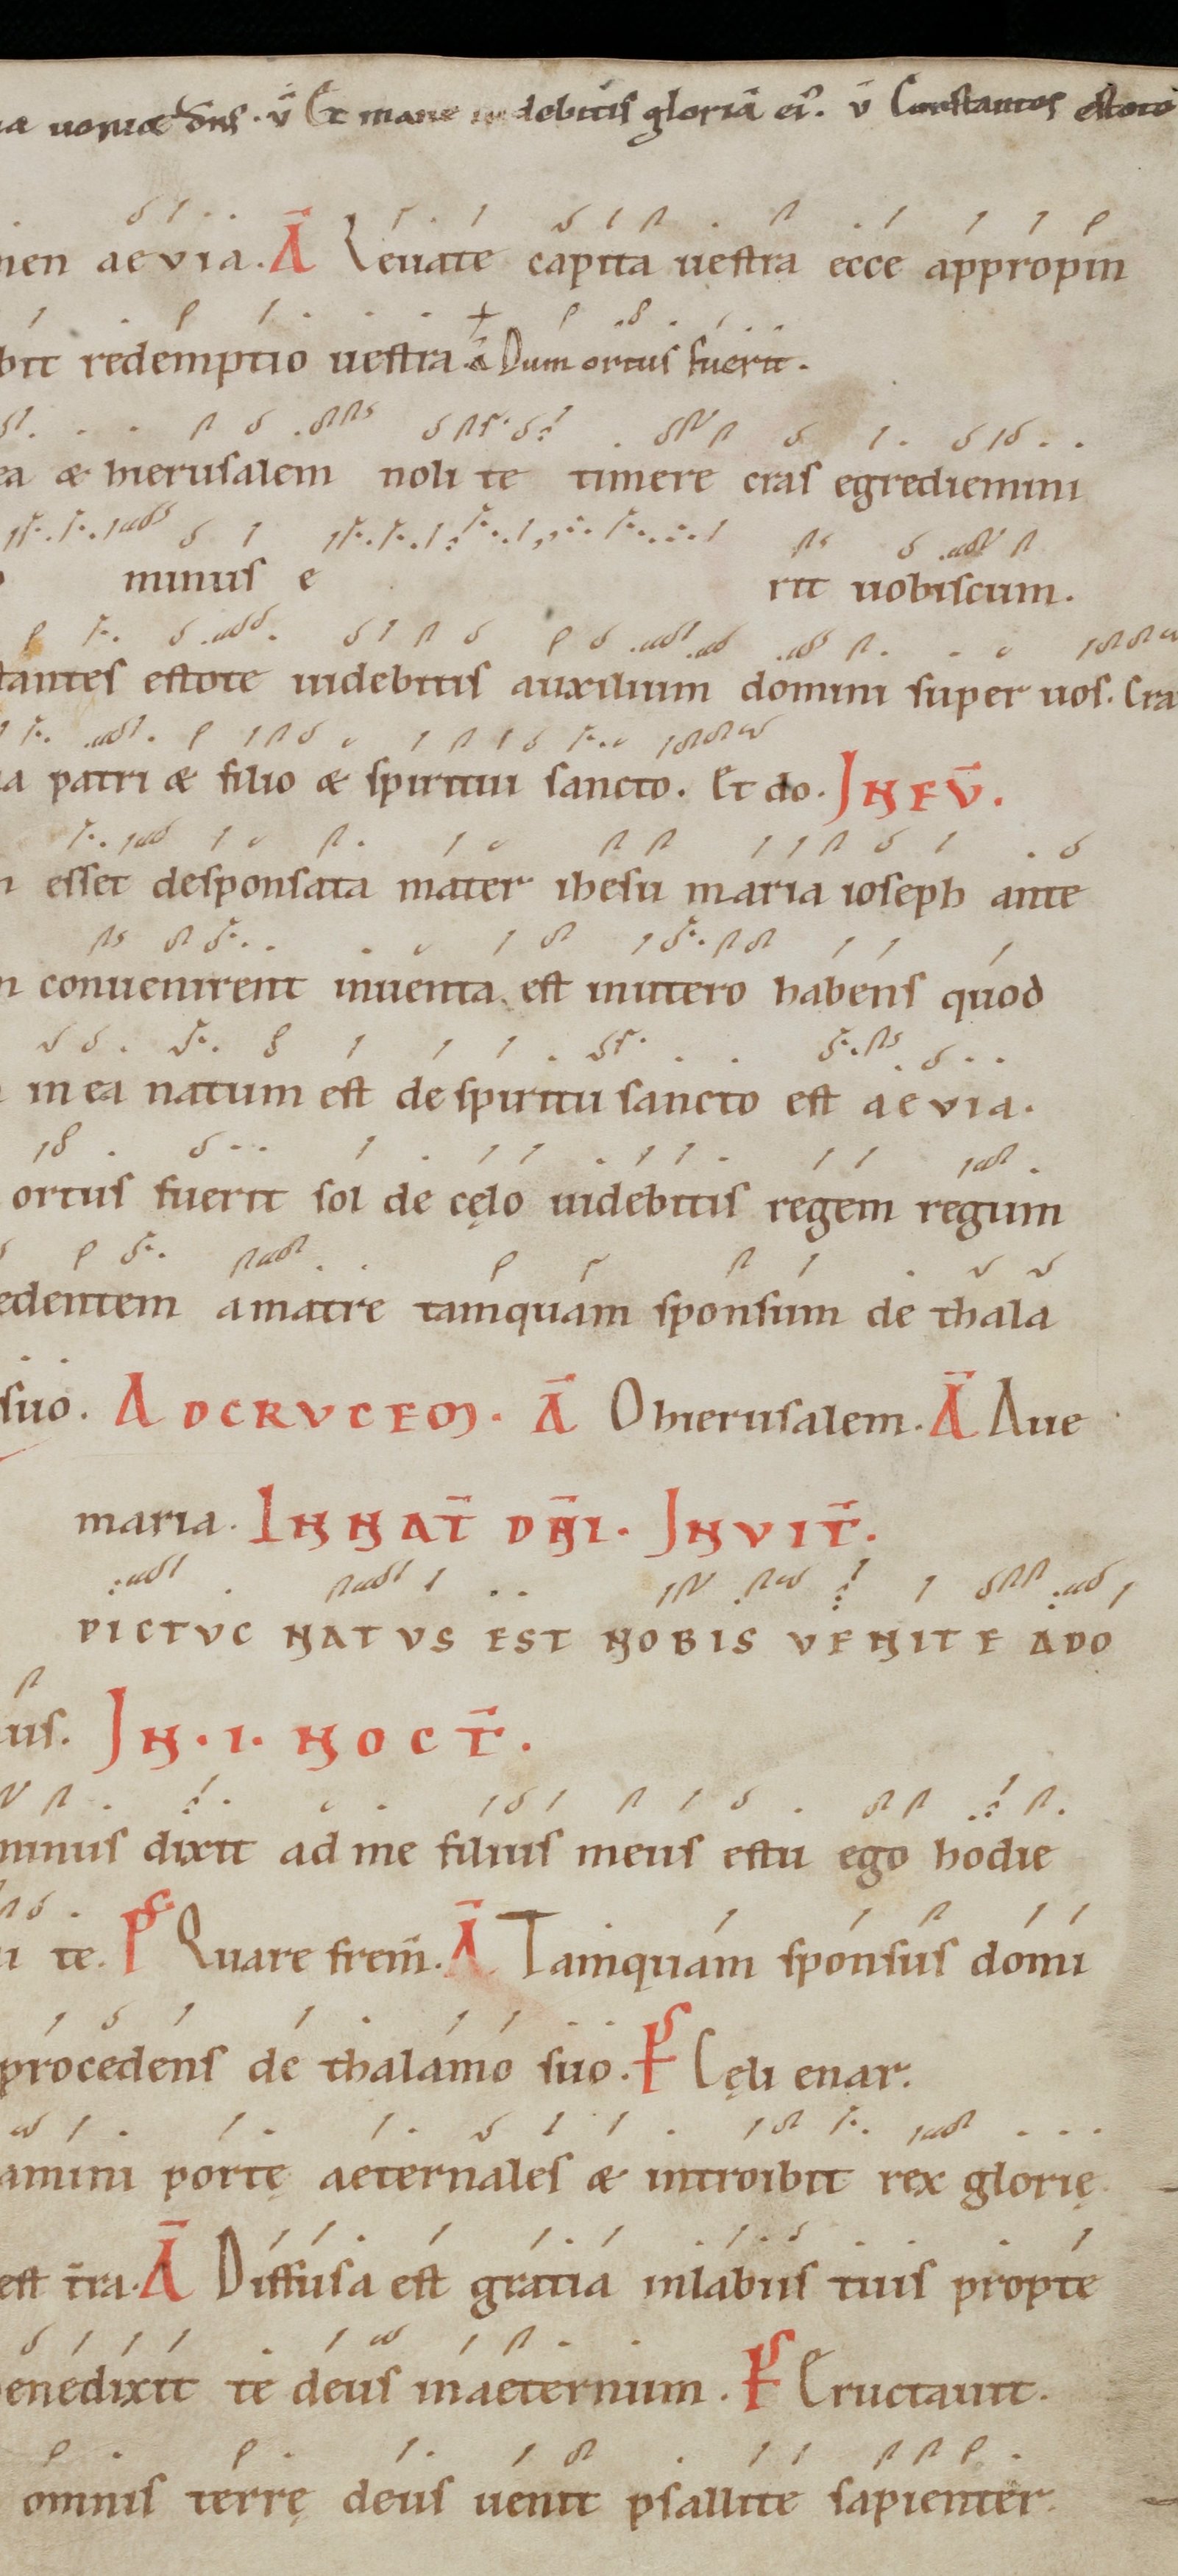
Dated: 1100–1199